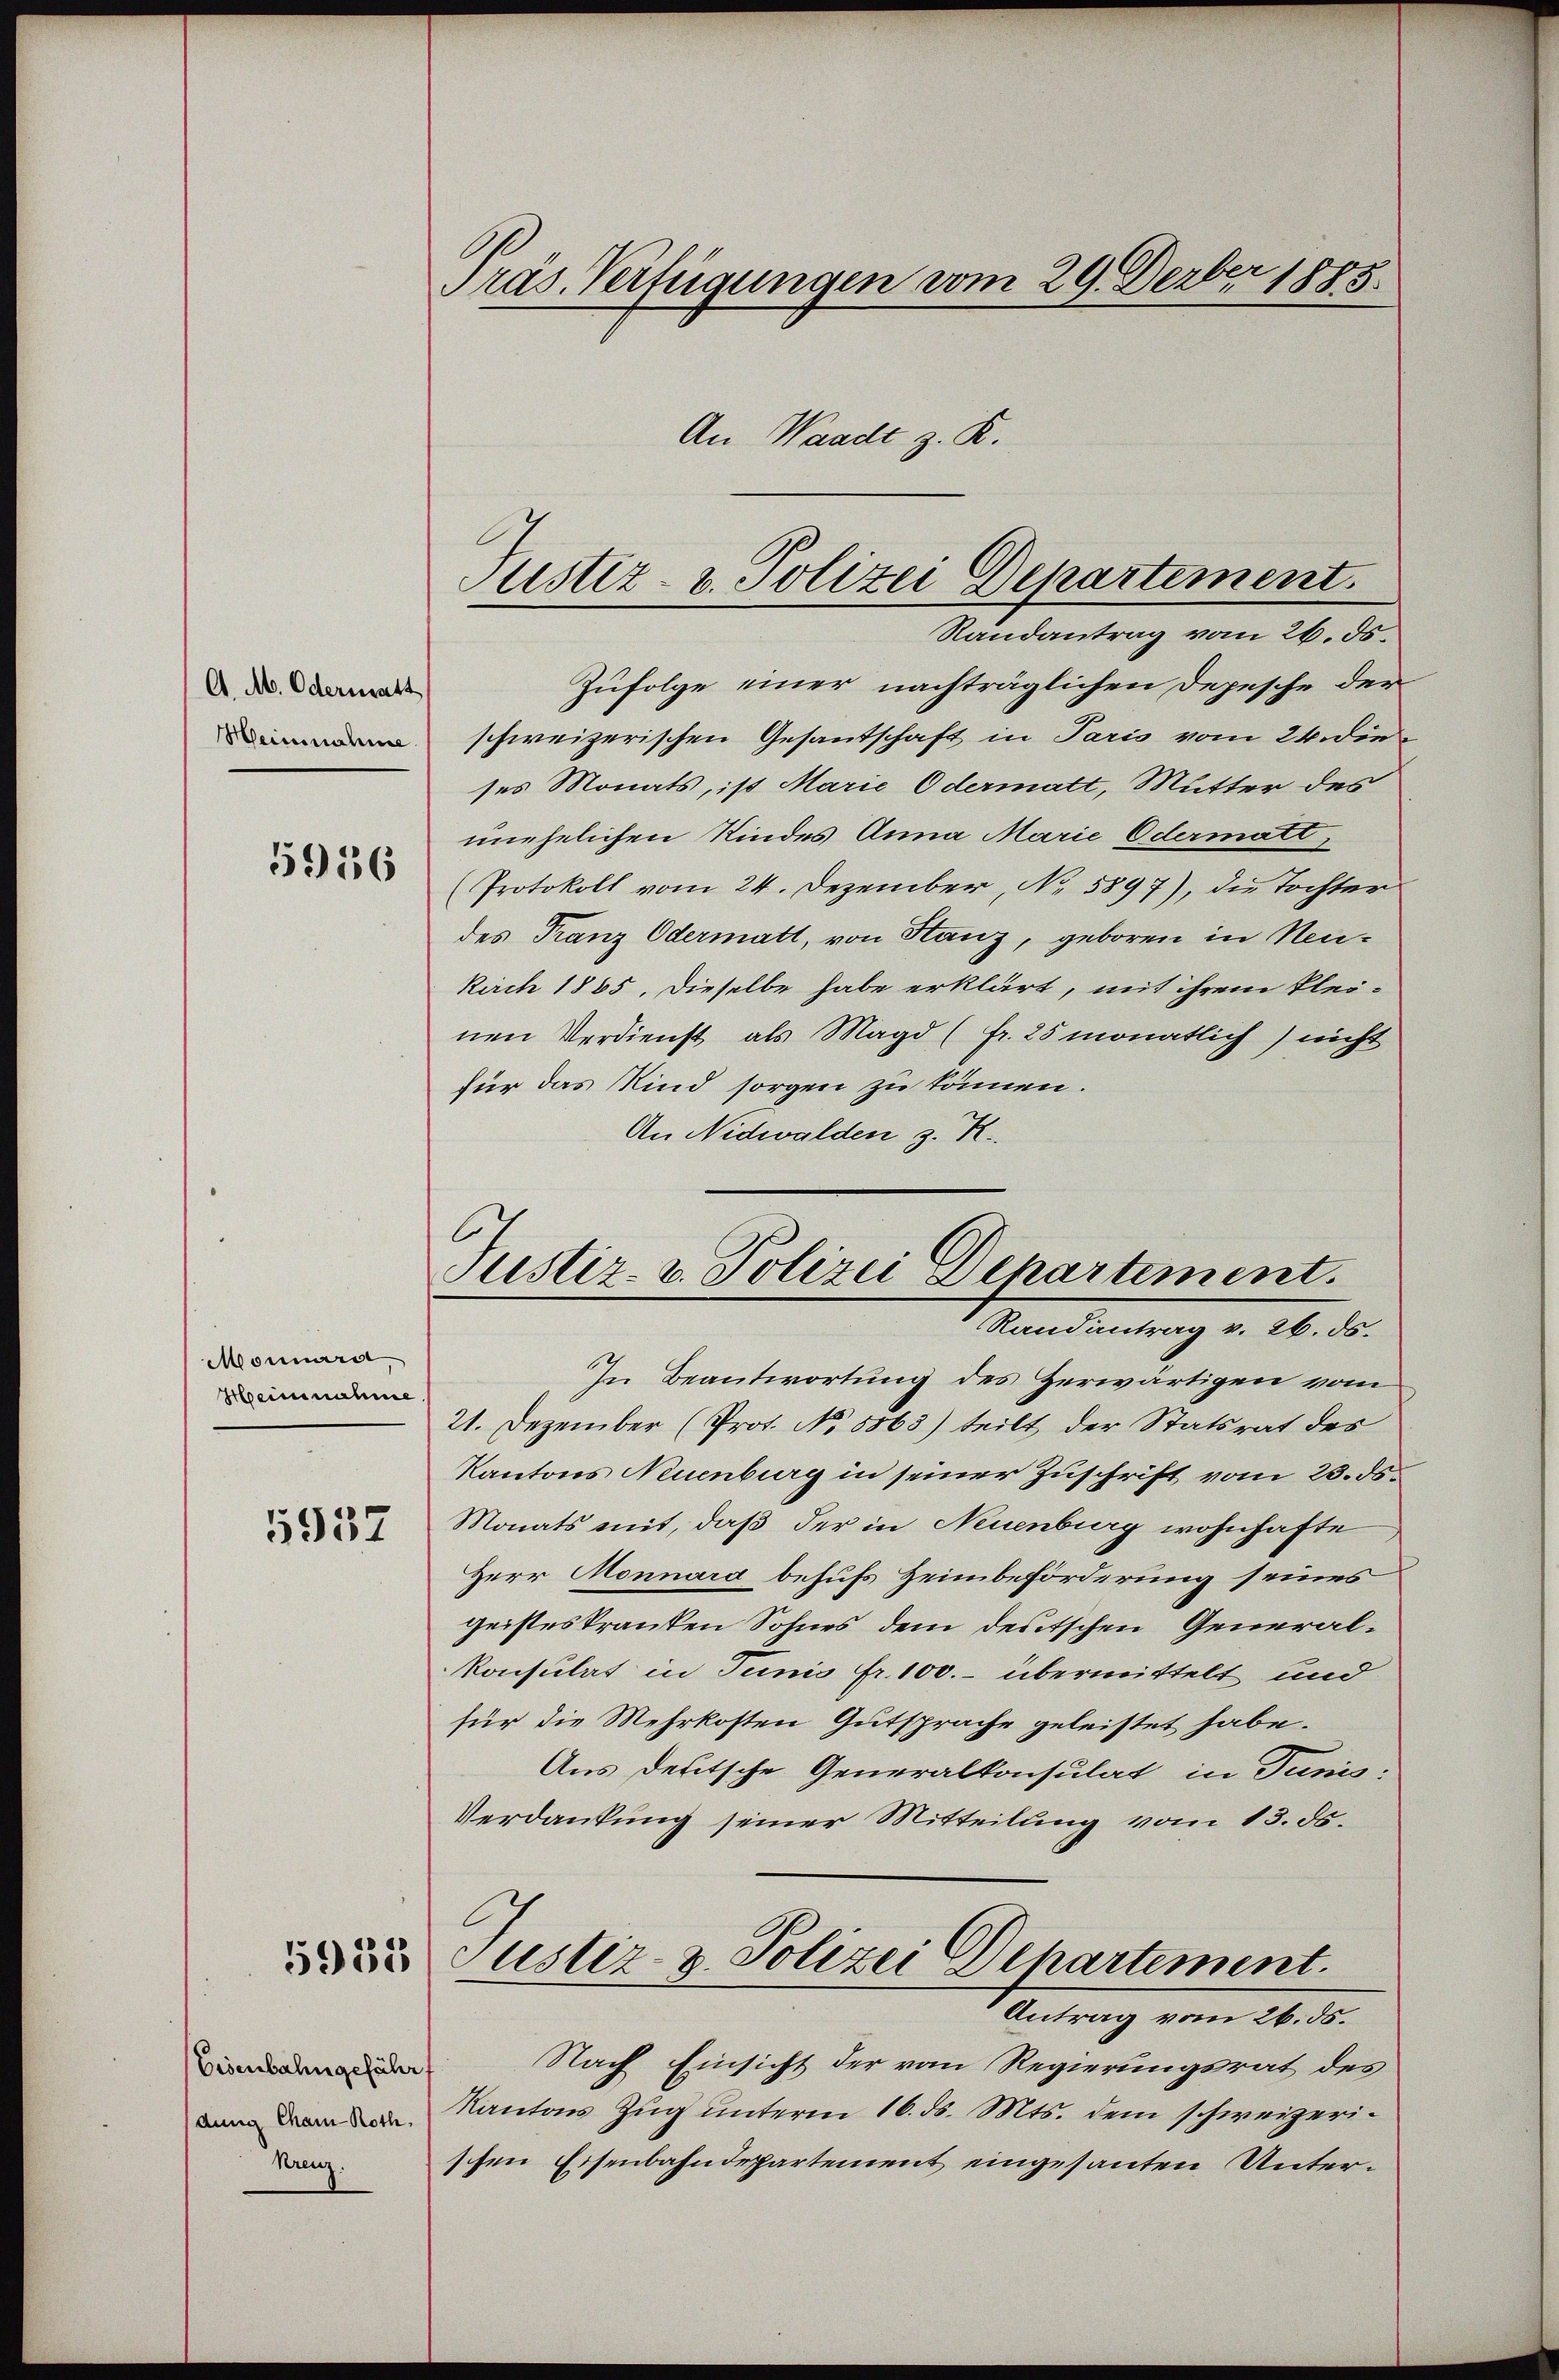
A. M. Odermatt
Heinnahme
5956

Monnara,
Heinnahme

5937

5932

Eisenbahngeführ
dung Cham Roth,
Krenz.

Präs. Verfügungen vom 29. Dezbr 1885.
An Waadt z. R.

Zufolge einer nachträglichen Depesche der
schweizerischen Gesandschaft in Paris vom 24. die
ses Monats, ist Marie Odermatt, Mutter des
unehelichen Kindes Anna Marie Odermatt,
(Protokoll vom 24. Dezember, No. 5897), die Tochter
des Franz Odermatt, von Stanz, geboren in Neukirch 1885, dieselbe habe erklärt, mit ihrem klei-
nen Verdienst als Magd (fr. 25 monatlich) nicht
für das Kind sorgen zu können.
An Nidwalden z. R.
In Beantwortung des Herwärtigen vom
21. Dezember (Prot. No. 5863) teilt der Statsrat des
Kantons Neuenburg in seiner Zuschrift vom 23. ds.
Monats mit, daß der in Neuenburg wohnhafte
Herr Monnard behufs Heimbeförderung seines
geisteskranken Sohnes dem deutschen Generalkonsulat in Junii fr. 100.- übermittelt und
für die Mehrkosten Gutsprache geleistet habe.
Aus deutsche Generalkonsulat in Junis:
Verdankung seiner Mitteilung vom 13. ds.
Justiz- & Polizei Departement.
 Antrag vom 26. d.
Nach Einsicht der vom Regierungsrat des
Kantons Zug unterm 16. ds. Mts. dem schweizerischen Eisenbahndepartement eingesanten Unter¬

Justiz- u. Polizei Departement.
Randantrag vom 26. ds.

Justiz- u. Polizei Departement.
Randantrag v. 26. ds.